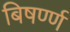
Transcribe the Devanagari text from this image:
बिषर्ण्ण